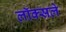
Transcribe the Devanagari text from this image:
लॉक्सले